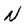
Character: N